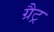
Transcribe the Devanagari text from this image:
ग्रैट्र